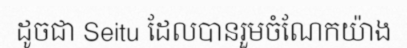
ដូចជា Seitu ដែលបានរួមចំណែកយ៉ាង